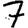
Digit: 7